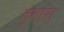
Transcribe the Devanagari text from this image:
वृत्तास